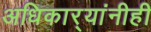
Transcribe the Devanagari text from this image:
अधिकार्‍यांनीही